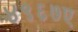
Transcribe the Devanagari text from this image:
४९६७ए